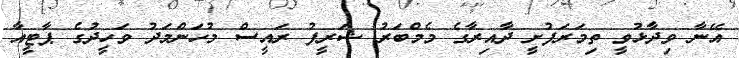
އޭނާ ވިދާޅުވީ ތިމަރަފުށީ ދާއިރާގެ މެމްބަރު ޝަރީފު ރައީސް މުހަންމަދު ވަހީދުގެ ޕާޓީއާ